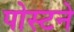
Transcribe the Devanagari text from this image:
पोस्टने